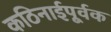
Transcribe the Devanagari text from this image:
कठिनाईपूर्वक